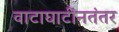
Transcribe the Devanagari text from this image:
वाटाघाटींनतंतर